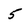
Character: 5